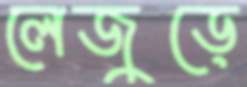
লেজুড়ে